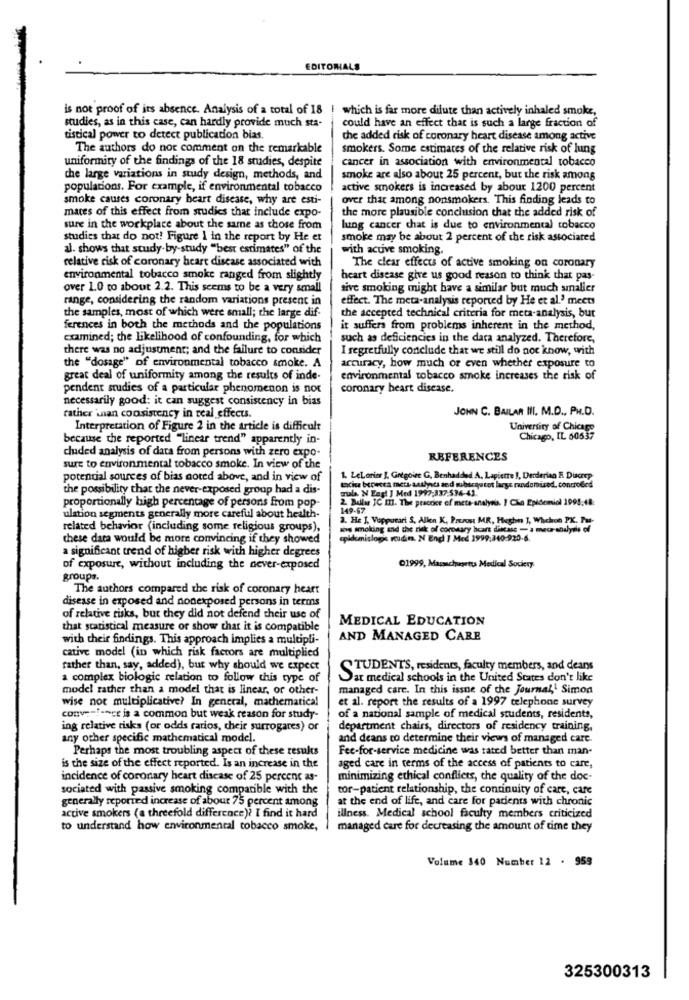
EDITORIALS
is not proof of its absence. Analysis of a total of 18 | which is far more dilute than actively inhaled smoke,
studies, as in this case, can hardly provide much sta-
could have an effect that is such a large fraction of
tistical power to detect publication bias.
the added risk of coronary heart disease among active
The authors do not comment on the remarkable
smokers. Some estimates of the relative risk of lung
uniformity of the findings of the 18 studies, despite
cancer in association with environmental tobacco
the large variations in study design, methods, and
smoke are also about 25 percent, but the risk among
populations. For example, if environmental tobacco
active smokers is increased by about 1200 percent
smoke causes coronary heart disease, why are esti-
over that among nonsmokers. This finding leads to
mates of this effect from studies that include expo-
the more plausible conclusion that the added risk of
sure in the workplace about the same as those from
lung cancer chat is due to environmental tobacco
studies that do not! Figure I in the report by He et
smoke may be about 2 percent of the risk associated
al. shows that study-by-study "best estimates" of the
with active smoking.
relative risk of coronary heart disease associated with
The clear effects of active smoking on coronary
environmental tobacco smoke ranged from slightly
heart disease give us good reason to think that pas-
over 1.0 to about 2.2. This seems to be a very small
sive smoking might have a similar but much smaller
range, considering the random variations present in
effect. The meta-analysis reported by He et al.3 meets
the samples, most of which were small; the large dif-
the accepted technical criteria for meta-analysis, but
ferences in both the methods and the populations
it suffers from problems inherent in the method,
examined; the likelihood of confounding, for which
such as deficiencies in the data analyzed. Therefore,
there was no adjustment; and the failure to consider
I regretfully conclude that we still do not know, with
the "dosage" of environmental tobacco smoke. A
accuracy, how much or even whether exposure to
great deal of uniformity among the results of inde-
environmental tobacco smoke increases the risk of
pendent studies of a particular phenomenon is not
coronary heart disease.
necessarily good: it can suggest consistency in bias
rather inan consistency in real effects.
JOHN C. BAILAR III. M.D ., PH.D.
Interpretation of Figure 2 in the article is difficult
University of Chicago
because the reported "linear trend" apparently in-
Chicago, IL 60537
cluded analysis of data from persons with zero expo-
REFERENCES
sure to environmental tobacco smoke. In view of the
potential sources of bias noted above, and in view of
1. LeLonier ], Grégoire G, Benhadided A. Lapierre ), Derderian R Ducep
the possibility that the never-exposed group had a dis-
exciue beresta meta astlysus sed saberqu tot large randomised. controled
male. N Engl J Med 1997-337-536-42.
2. Ballar IC III. The practice of meta-analysis. I Che Epidemiol 1995,48.
proportionally high percentage of persons from pop-
149-67
ulation segments generally more careful about health-
2. He J, Vupporari S, Allen K, Prezes MR, Heghe ], Whichon PK. Pe-
related behavior (including some religious groups),
sovs smoking and the nek of coronary heart disease - a mece-andyes of
these data would be more convincing if they showed
qpidemislogs rudin. N End } Med 1999:340-920-6.
a significant trend of higher risk with higher degrees
of exposure, without including the never-exposed
Q1999, Massachusetts Medical Society
groups.
The authors compared the risk of coronary heart
disease in exposed and nonexposed persons in terms
of relative risks, but they did not defend their use of
MEDICAL EDUCATION
that statistical measure or show that it is compatible
with their findings. This approach implies a multipli-
AND MANAGED CARE
cative model (in which risk factors are multiplied
rather than, say, added), but why should we expect
STUDENTS, residents, faculty members, and deans
a complex biologic relation to follow this type of
Dar medical schools in the United States don't like
model rather than a model that is linear, or other-
managed care. In this issue of the Journal, Simon
wise not multiplicative? In general, mathematical
et al. report the results of a 1997 telephone survey
conve !- nce is a common but weak reason for study-
of a national sample of medical students, residents,
ing relative risks (or odds rarios, their surrogates) or
department chairs, directors of residency training,
any other specific mathematical model.
and deans to determine their views of managed care.
Perhaps the most troubling aspect of these results
Fee-for-service medicine was rated better than man-
is the size of the effect reported. Is an increase in the
aged care in terms of the access of patients to care,
incidence of coronary heart disease of 25 percent as-
minimizing ethical conflicts, the quality of the doc-
sociated with passive smoking compatible with the
tor-patient relationship, the continuity of care, care
at the end of life, and care for patients with chronic
generally reported increase of about 75 percent among
active smokers (a threefold difference)? I find it hard
illness. Medical school faculty members criticized
to understand how environmental tobacco smoke,
managed care for decreasing the amount of time they
Volume 340 Number 12 . 959
325300313